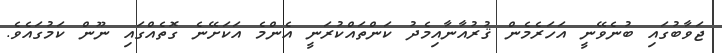
ޖަވާބުގައި ބުނެވޭނީ އަހަރެމެން ޤުރުއާނާއިމެދު ކަންތައްކުރަނީ އެންމެ އަކަށޭނެ ގޮތެއްގައި ނޫން ކަމުގައެވެ.